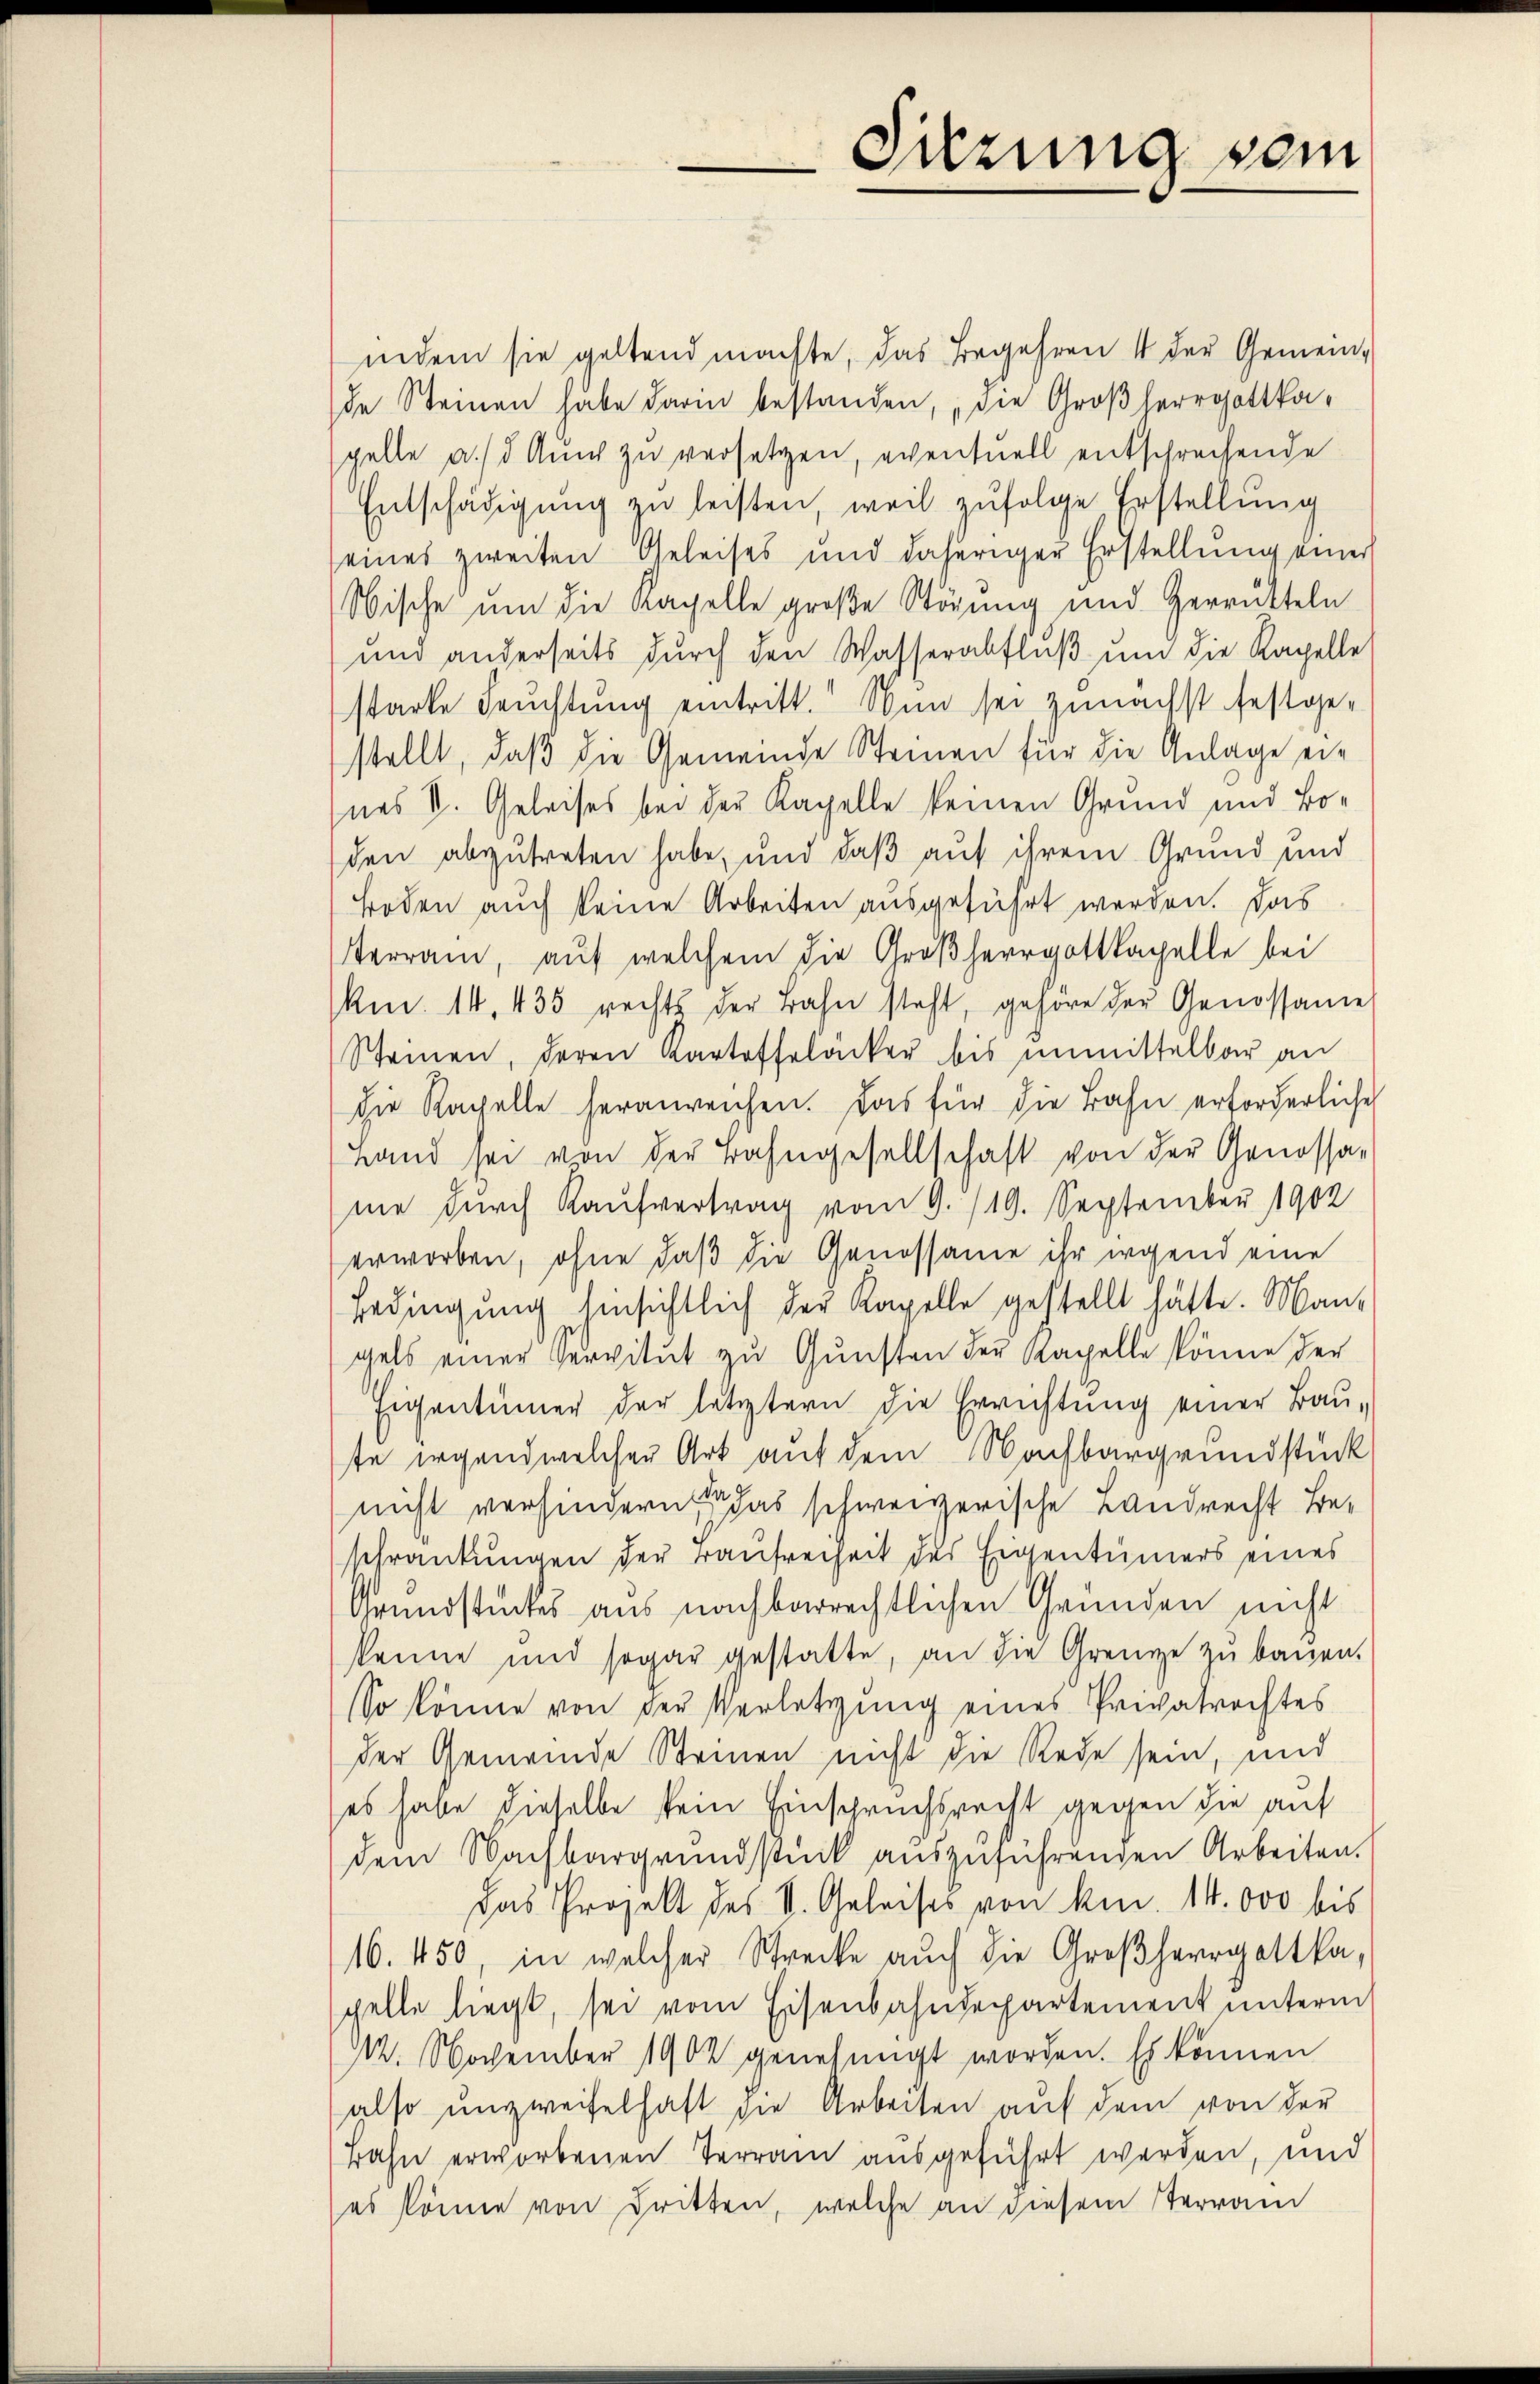
indem sie geltend machte, das Begehren 4 der Gemeinde Steinen habe darin bestanden, „die Großherrgottkapelle a. d. Auch zu versetzen, eventuell entsprechende
Entschädigŭng zu leisten, weil zufolge Erstellung
eines zweiten Geleises und daheriger Erstellŭng einer
Nische um die Kapelle große Störung und Herrütteln
und anderseits durch den Wasserabfluß um die Kapelle
starke Feŭchtŭng eintritt. Nun sei zunächst festge-
stellt, daß die Gemeinde Steinen für die Anlage eines V. Geleises bei der Kapelle keinen Grund und Boden abzutreten habe, und daß auf ihrem Grund und
Boden auch keine Arbeiten ausgeführt werden. Das
Terrain, auf welchem die Großherrgottkapelle bei
km. 14. 435 rechts der Bahn steht, gehöre der Genossame
Steinen, deren Kartoffeläcker bis unmittelbar an
die Kapelle heranreichen. Das für die Bahn erforderliche
Land sei von der Bahngesellschaft von der Genossa-
me durch Kaufvertrag vom 9. 119. September 1902
erworben, ohne daß die Genossame ihr irgend eine
Bedingung hinsichtlich der Kapelle gestellt hätte. Mangels einer Servitut zu Gunsten der Kapelle könne der
Eigentümer der letztern die Errichtung einer Bau-
te irgend welcher Art auf dem Nachbargrundstück
nicht verhindern das schweizerische Landrecht Beschränkungen der Taufreiheit des Eigentümers eines
Grundstückes aus nachbarrechtlichen Gründen nicht
kenne und sogar gestatte, an die Grenze zu bauen.
So könne von der Verletzung eines Privatrechtes
der Gemeinde Steinen nicht die Rede sein, und
es habe dieselbe kein Einspruchsrecht gegen die auf
dem Nachbargrundstück aŭszŭführenden Arbeiten.
Das Prozelt des V. Geleises von kn. 14. 000 bis
16. 450, in welcher Strecke auch die Großherrgottka,
pelle liegt, sei vom Eisenbahndepartement unterm
112. November 1902 genehmigt worden. Es können
also unzweifelhaft die Arbeiten auf dem von der
Bahn erworbenen Terrain ausgeführt werden, und
es könne von dritten, welche an diesem terrai

Sitzung vom